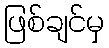
ဖြစ်ချင်မှ